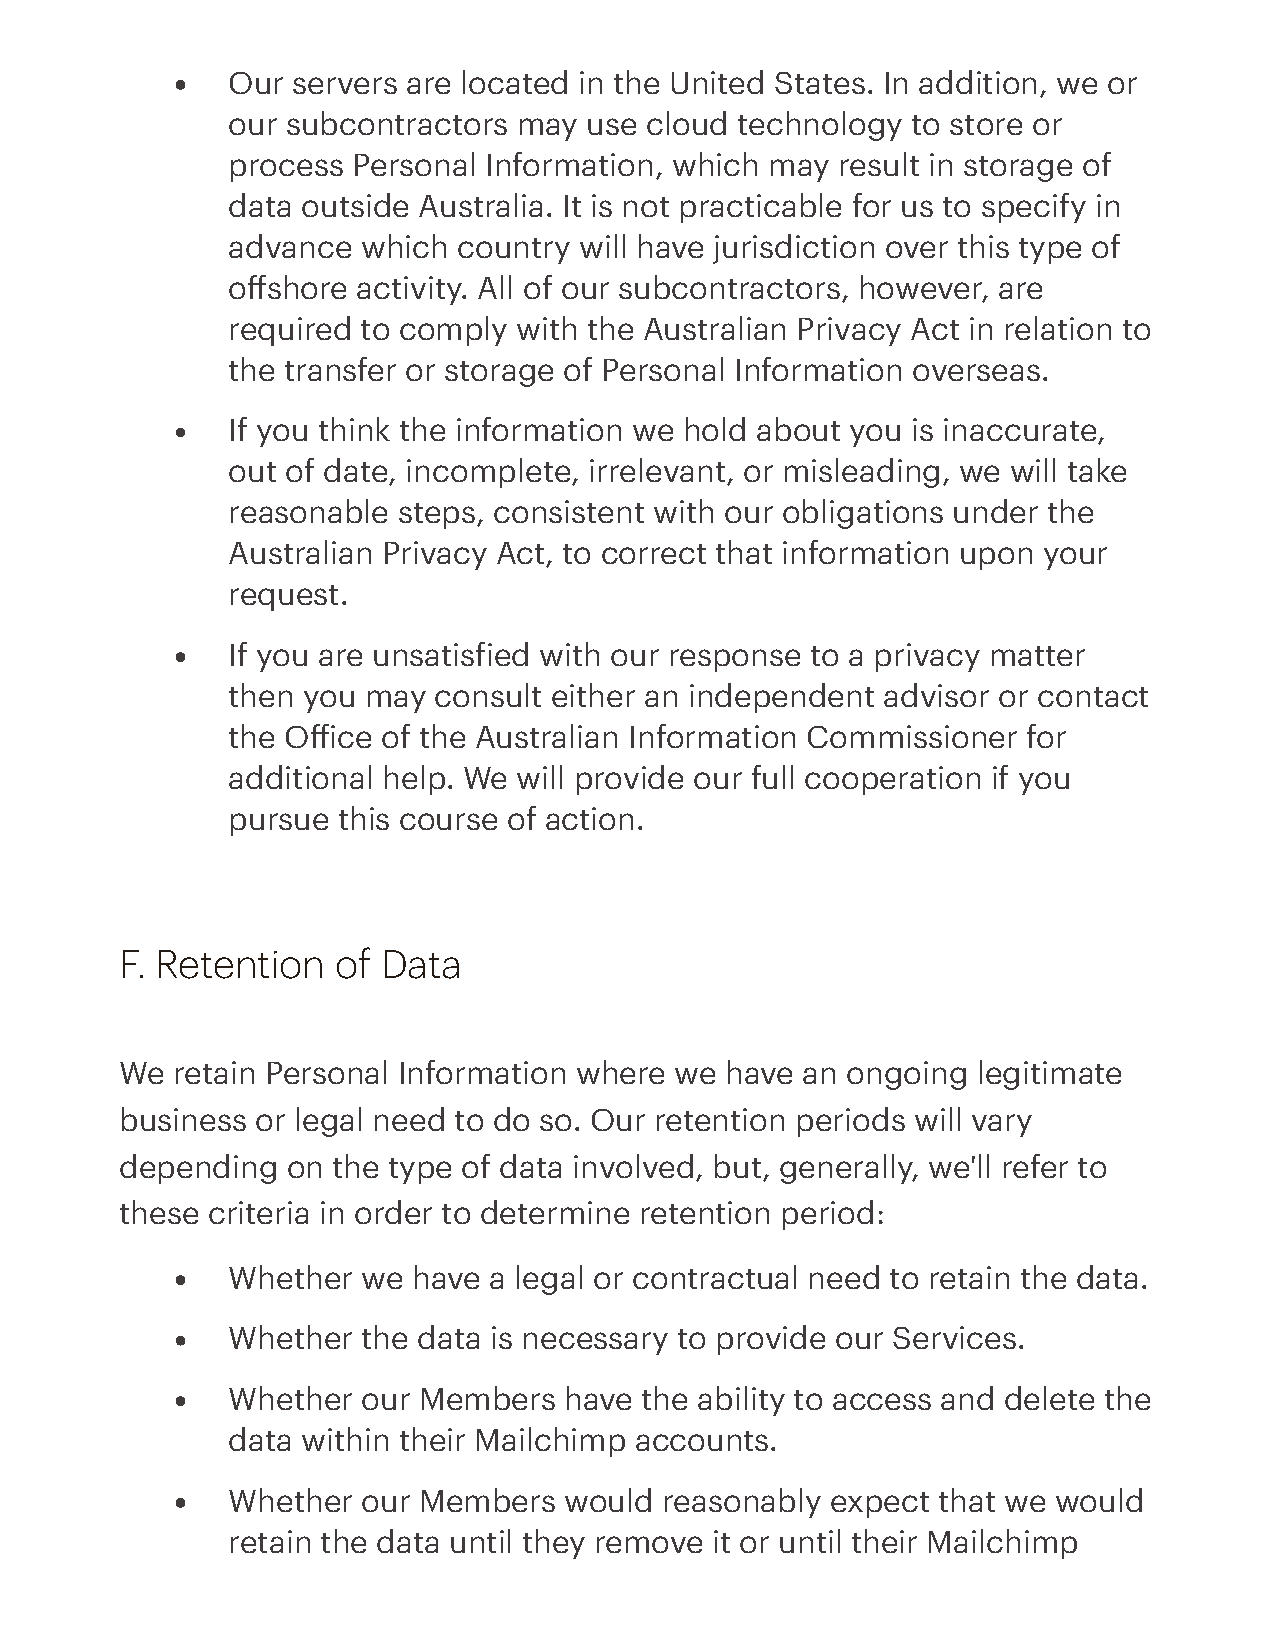
Our servers are located in the United States. In addition, we or
 our subcontractors may  use cloud technology to store or
 process Personal Information, which may result in storage of
 data outside Australia. It is not practicable for us to specify in
 advance  which country will have jurisdiction over this type of
 offshore activity. All of our subcontractors, however, are
 required to comply with the Australian Privacy Act in relation to
 the transfer or storage of Personal Information overseas.
 If you think the information we hold about you is inaccurate,
 out of date, incomplete, irrelevant, or misleading, we will take
 reasonable steps, consistent with our obligations under the
 Australian Privacy Act, to correct that information upon your
 request.
 If you are unsatisied with our response to a privacy matter
 then you may  consult either an independent advisor or contact
 the Oice of the Australian Information Commissioner for
 additional help. We will provide our full cooperation if you
 pursue this course of action.
 F. Retention  of Data
 We retain Personal Information where we have an ongoing  legitimate
 business or legal need to do so. Our retention periods will vary
 depending  on the type of data involved, but, generally, we'll refer to
 these criteria in order to determine retention period:
 Whether  we have a legal or contractual need to retain the data.
 Whether  the data is necessary to provide our Services.
 Whether  our Members  have the ability to access and delete the
 data within their Mailchimp accounts.
 Whether  our Members  would  reasonably expect that we would
 retain the data until they remove it or until their Mailchimp